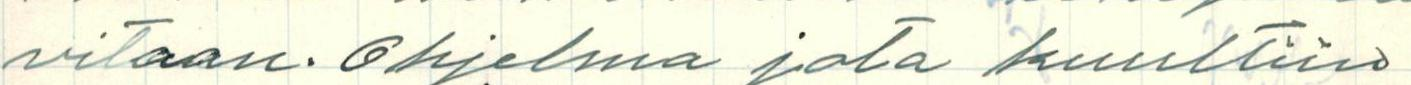
vitaan. Ohjelma jota kuultiin